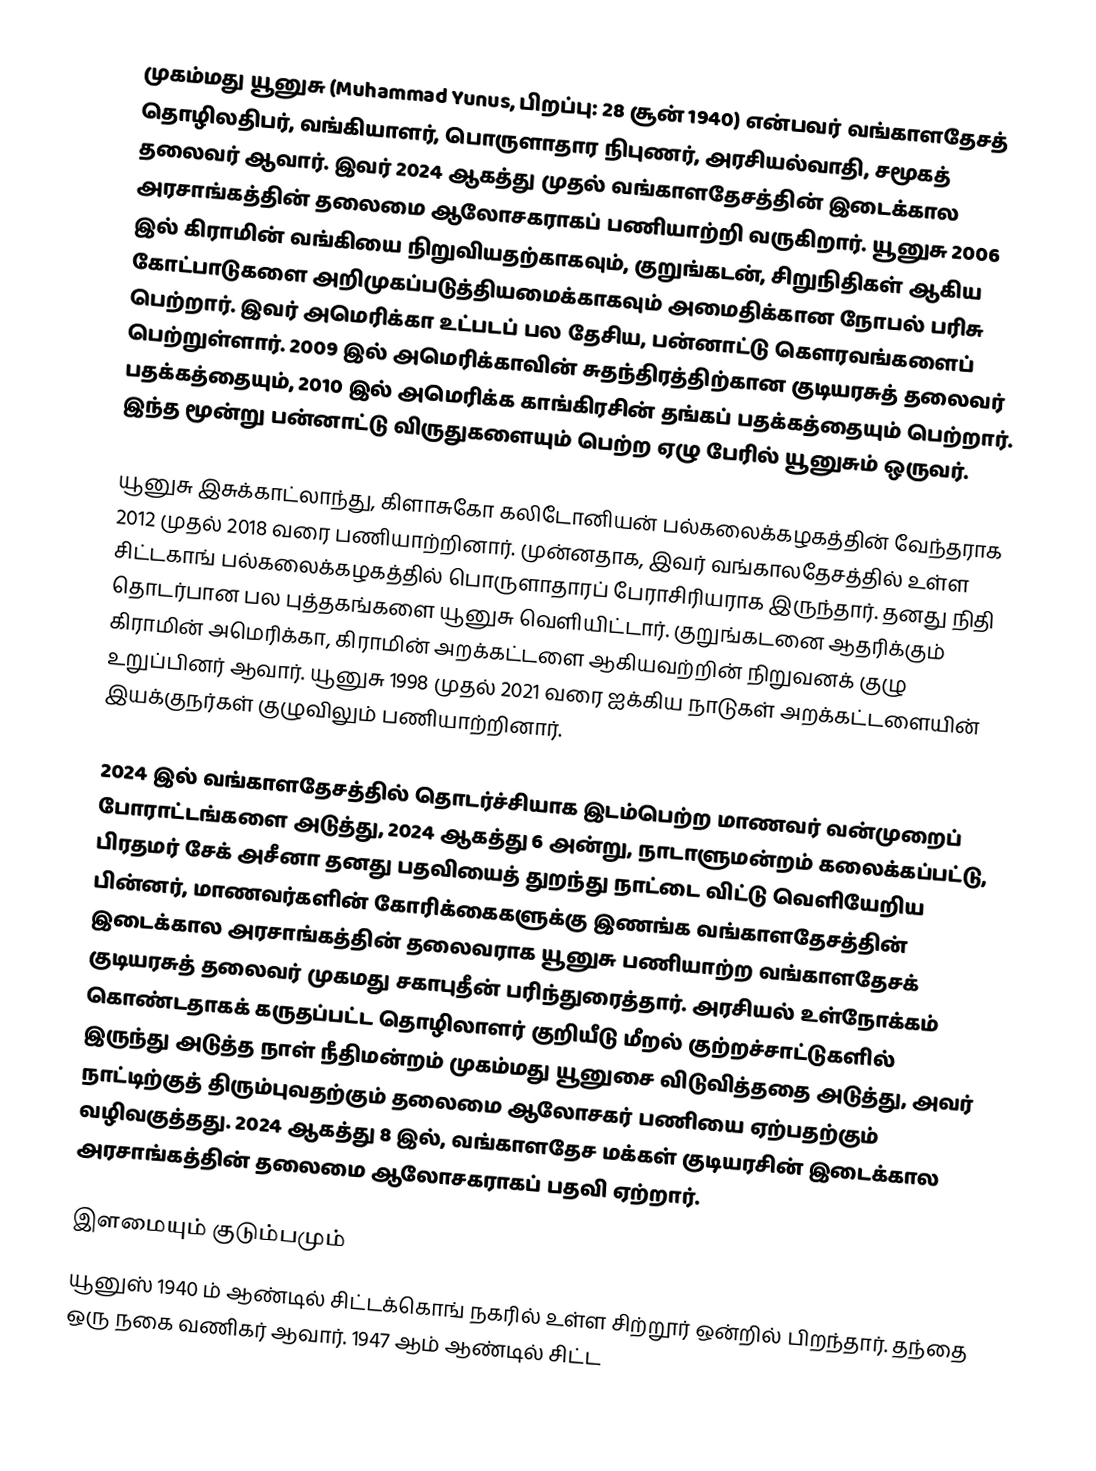
முகம்மது யூனுசு (Muhammad Yunus, பிறப்பு: 28 சூன் 1940) என்பவர் வங்காளதேசத் தொழிலதிபர், வங்கியாளர், பொருளாதார நிபுணர், அரசியல்வாதி, சமூகத் தலைவர் ஆவார். இவர் 2024 ஆகத்து முதல் வங்காளதேசத்தின் இடைக்கால அரசாங்கத்தின் தலைமை ஆலோசகராகப் பணியாற்றி வருகிறார். யூனுசு 2006 இல் கிராமின் வங்கியை நிறுவியதற்காகவும், குறுங்கடன், சிறுநிதிகள் ஆகிய கோட்பாடுகளை அறிமுகப்படுத்தியமைக்காகவும் அமைதிக்கான நோபல் பரிசு பெற்றார். இவர் அமெரிக்கா உட்படப் பல தேசிய, பன்னாட்டு கௌரவங்களைப் பெற்றுள்ளார். 2009 இல் அமெரிக்காவின் சுதந்திரத்திற்கான குடியரசுத் தலைவர் பதக்கத்தையும், 2010 இல் அமெரிக்க காங்கிரசின் தங்கப் பதக்கத்தையும் பெற்றார். இந்த மூன்று பன்னாட்டு விருதுகளையும் பெற்ற ஏழு பேரில் யூனுசும் ஒருவர்.

யூனுசு இசுக்காட்லாந்து, கிளாசுகோ கலிடோனியன் பல்கலைக்கழகத்தின் வேந்தராக 2012 முதல் 2018 வரை பணியாற்றினார். முன்னதாக, இவர் வங்காலதேசத்தில் உள்ள சிட்டகாங் பல்கலைக்கழகத்தில் பொருளாதாரப் பேராசிரியராக இருந்தார். தனது நிதி தொடர்பான பல புத்தகங்களை யூனுசு வெளியிட்டார். குறுங்கடனை ஆதரிக்கும் கிராமின் அமெரிக்கா, கிராமின் அறக்கட்டளை ஆகியவற்றின் நிறுவனக் குழு உறுப்பினர் ஆவார். யூனுசு 1998 முதல் 2021 வரை ஐக்கிய நாடுகள் அறக்கட்டளையின் இயக்குநர்கள் குழுவிலும் பணியாற்றினார்.

2024 இல் வங்காளதேசத்தில் தொடர்ச்சியாக இடம்பெற்ற மாணவர் வன்முறைப் போராட்டங்களை அடுத்து, 2024 ஆகத்து 6 அன்று, நாடாளுமன்றம் கலைக்கப்பட்டு, பிரதமர் சேக் அசீனா தனது பதவியைத் துறந்து நாட்டை விட்டு வெளியேறிய பின்னர், மாணவர்களின் கோரிக்கைகளுக்கு இணங்க வங்காளதேசத்தின் இடைக்கால அரசாங்கத்தின் தலைவராக யூனுசு பணியாற்ற வங்காளதேசக் குடியரசுத் தலைவர் முகமது சகாபுதீன் பரிந்துரைத்தார்.  அரசியல் உள்நோக்கம் கொண்டதாகக் கருதப்பட்ட தொழிலாளர் குறியீடு மீறல் குற்றச்சாட்டுகளில் இருந்து அடுத்த நாள் நீதிமன்றம் முகம்மது யூனுசை விடுவித்ததை அடுத்து, அவர் நாட்டிற்குத் திரும்புவதற்கும் தலைமை ஆலோசகர் பணியை ஏற்பதற்கும் வழிவகுத்தது. 2024 ஆகத்து 8 இல், வங்காளதேச மக்கள் குடியரசின் இடைக்கால அரசாங்கத்தின் தலைமை ஆலோசகராகப் பதவி ஏற்றார்.

இளமையும் குடும்பமும்
யூனுஸ் 1940 ம் ஆண்டில் சிட்டக்கொங் நகரில் உள்ள சிற்றூர் ஒன்றில் பிறந்தார். தந்தை ஒரு நகை வணிகர் ஆவார். 1947 ஆம் ஆண்டில் சிட்ட